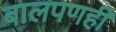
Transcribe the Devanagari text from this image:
बालपणही